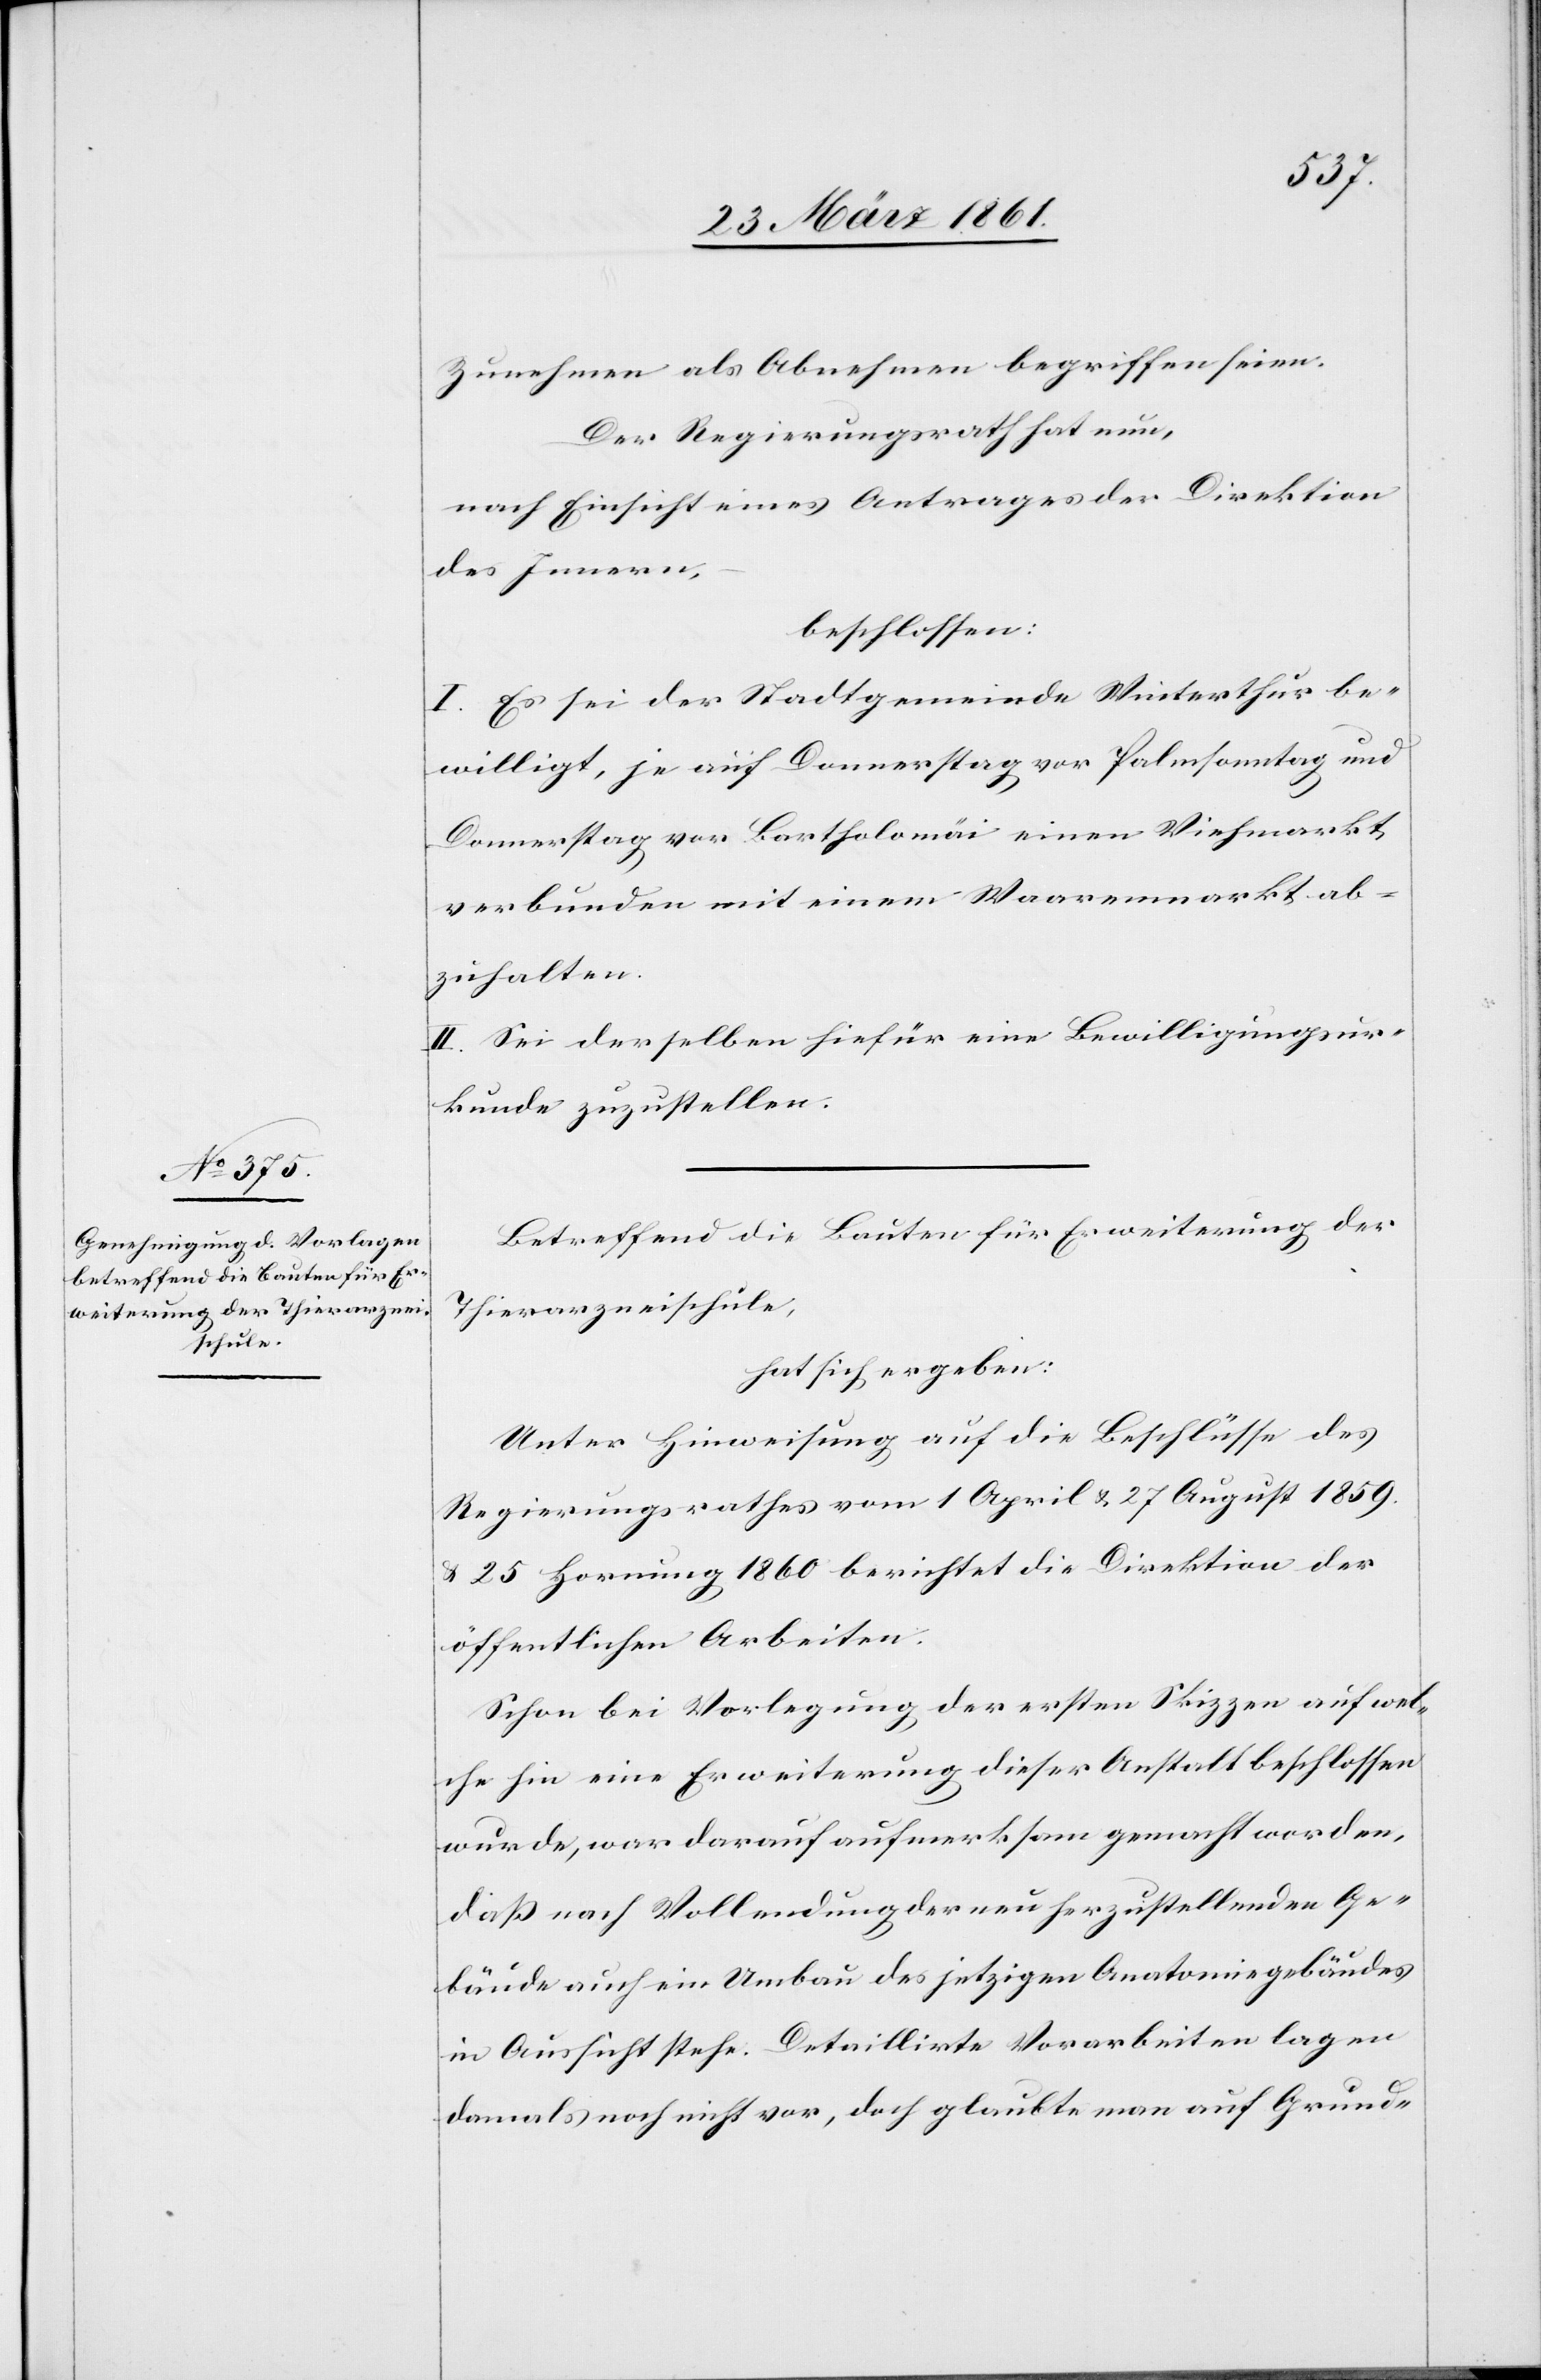
Zunehmen als Abnehmen begriffen seien.
Der Regierungsrath hat nun,
nach Einsicht eines Antrages der Direktion
des Innern,
beschlossen:
I. Es sei der Stadtgemeinde Winterthur be¬
willigt, je auf Donnerstag vor Palmsonntag und
Donnerstag vor Bartholomäi einen Viehmarkt,
verbunden mit einem Waarenmarkt ab¬
zuhalten.
II. Sei derselben hiefür eine Bewilligungsur¬
kunde zuzustellen.
Betreffend die Bauten für Erweiterung der
Thierarzneischule,
hat sich ergeben:
Unter Hinweisung auf die Beschlüsse des
Regierungsrathes vom 1. April u. 27 August 1859
u. 25 Hornung 1860 berichtet die Direktion der
öffentlichen Arbeiten.
Schon bei Vorlegung der ersten Skizzen auf wel¬
che hin eine Erweiterung dieser Anstalt beschlossen
wurde, war darauf aufmerksam gemacht worden,
daß nach Vollendung der neu herzustellenden Ge¬
bäude auch ein Umbau des jetzigen Anatomiegebäudes
in Aussicht stehe. Detaillirte Vorarbeiten lagen
damals noch nicht vor, doch glaubte man auf Grund-